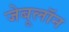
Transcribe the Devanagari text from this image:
जेबूलॉन